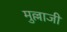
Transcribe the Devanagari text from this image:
मुल्लाजी